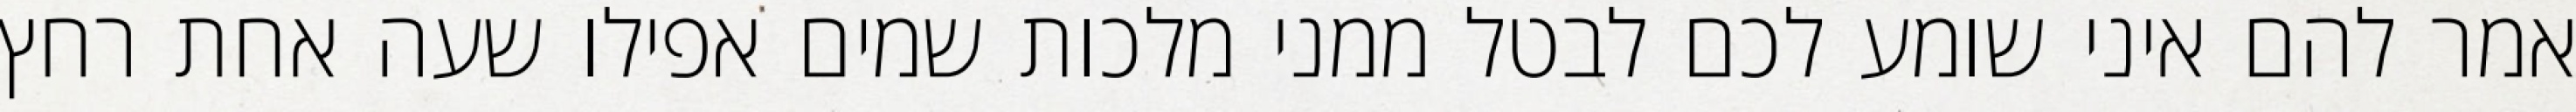
אמר להם איני שומע לכם לבטל ממני מלכות שמים אפילו שעה אחת רחץ